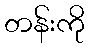
တန်းကို